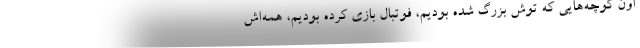
اون كوچه‌هايي كه توش بزرگ شده بوديم، فوتبال بازي كرده بوديم، همه‌اش